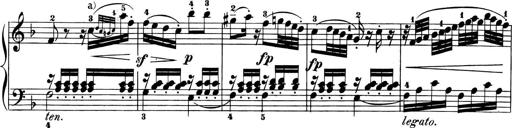
Title: 6 Piano Sonatinas
Composer: Cornelius Gurlitt